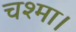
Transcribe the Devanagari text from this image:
चश्मा।